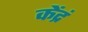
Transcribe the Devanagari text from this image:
केंद्रं